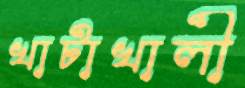
খাটাখালী